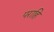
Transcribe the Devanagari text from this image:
पराहि